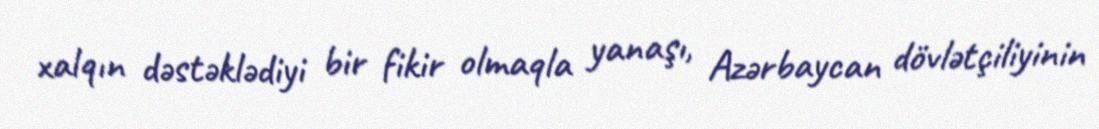
xalqın dəstəklədiyi bir fikir olmaqla yanaşı, Azərbaycan dövlətçiliyinin